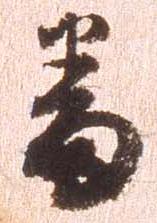
番